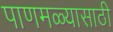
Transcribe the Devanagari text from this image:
पाणमळ्यासाठी